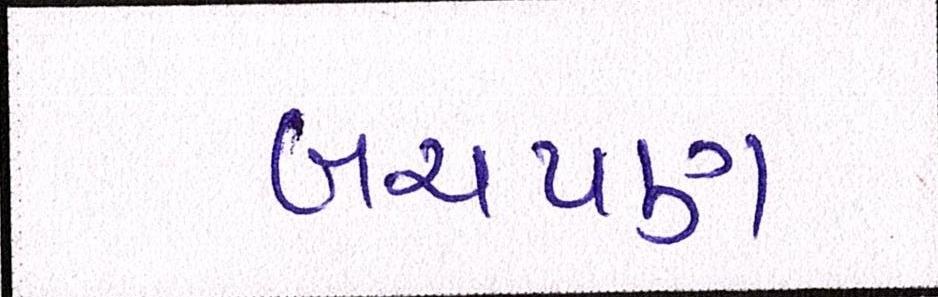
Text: બચપણ